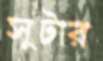
সুটার